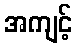
အကျင့်